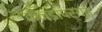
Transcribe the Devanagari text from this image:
कॅनडापर्यंत